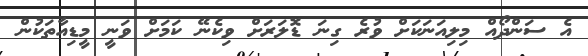
އެ ސަންދޯއް މިލިއަނަކަށް ވުރެ ގިނަ ޑޮލަރަށް ވިކެނޭ ކަމަށް ވަނީ މީޑިއާތަކުން